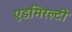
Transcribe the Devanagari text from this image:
एडमिरल्‍टी